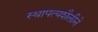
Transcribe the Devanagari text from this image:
स्थापत्यशैलीने